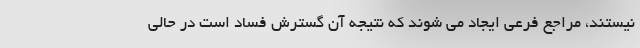
نیستند، مراجع فرعی ایجاد می شوند که نتیجه آن گسترش فساد است در حالی